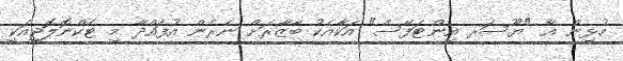
މުޅިން އާ "ޔޫސަރ އިންޓަފޭސް" އަކާއެކު ބާޒާރަށް ނެރެން އުފައްދާ މި ޓެކްނޮލޮޖީއަކީ